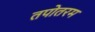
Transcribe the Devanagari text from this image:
तपोतरम